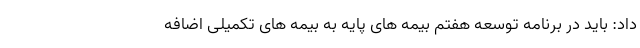
داد: باید در برنامه توسعه هفتم بیمه های پایه به بیمه های تکمیلی اضافه